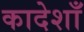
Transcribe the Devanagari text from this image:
कादेशाँ